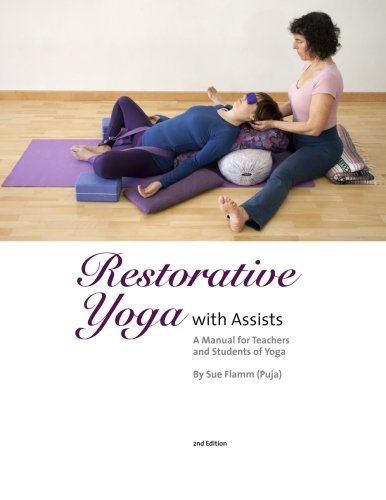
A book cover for Restorative Yoga: with Assists A Manual for Teachers and Students of Yoga; Sue Flamm (Puja); Health, Fitness & Dieting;